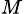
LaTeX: _{M}